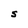
Character: S